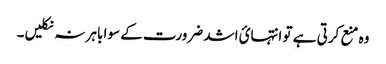
وہ منع کرتی ہے تو انتہائ اشد ضرورت کے سوا باہر نہ نکلیں۔